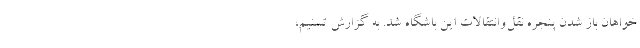
خواهان باز شدن پنجره نقل‌وانتقالات این باشگاه شد. به گزارش تسنیم،